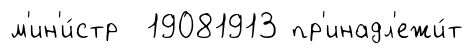
м'ин'и́стр 19081913 пр'инадл'ежи́т